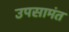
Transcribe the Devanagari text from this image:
उपसामंत